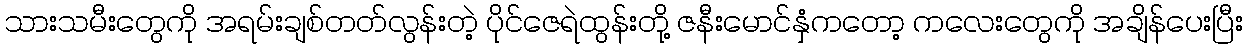
သားသမီးတွေကို အရမ်းချစ်တတ်လွန်းတဲ့ ပိုင်ဇေရဲထွန်းတို့ ဇနီးမောင်နှံကတော့ ကလေးတွေကို အချိန်ပေးပြီး